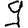
Digit: 9